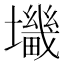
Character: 𰋀